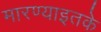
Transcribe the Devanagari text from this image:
मारण्याइतके